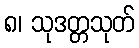
၈၊ သုဒတ္တသုတ်